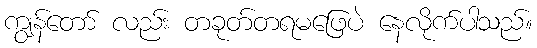
ကျွန်တော် လည်း တခုတ်တရမဖြေပဲ နေလိုက်ပါသည်။